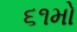
૬૧મો